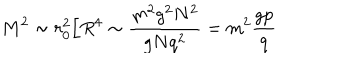
LaTeX: M ^ { 2 } \sim r _ { 0 } ^ { 2 } / R ^ { 4 } \sim \frac { m ^ { 2 } g ^ { 2 } N ^ { 2 } } { g N q ^ { 2 } } = m ^ { 2 } \frac { g p } { q }